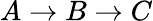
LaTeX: A\rightarrow B\rightarrow C